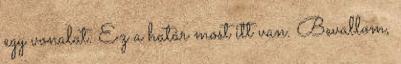
egy vonalat. Ez a határ most itt van. Bevallom,